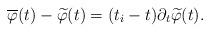
LaTeX: \begin{align*}\overline{\varphi}(t)- \widetilde{\varphi}(t) = (t_i-t)\partial_t \widetilde{\varphi}(t).\end{align*}